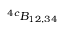
^ { 4 c } { \cal B } _ { 1 2 , 3 4 }